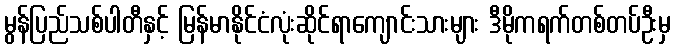
မွန်ပြည်သစ်ပါတီနှင့် မြန်မာနိုင်ငံလုံးဆိုင်ရာကျောင်းသားများ ဒီမိုကရက်တစ်တပ်ဦးမှ